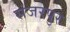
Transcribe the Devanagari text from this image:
संजरपुर